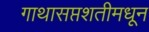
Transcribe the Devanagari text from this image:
गाथासप्तशतीमधून